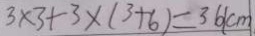
3 \times 3 + 3 \times ( 3 + 6 ) = 3 6 ( c m )